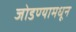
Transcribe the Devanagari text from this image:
जोडण्यामधून